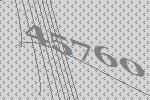
45760